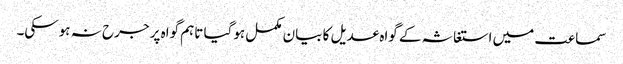
سماعت میں استغاثہ کے گواہ عدیل کا بیان مکمل ہوگیا تاہم گواہ پر جرح نہ ہوسکی۔